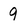
Character: 9